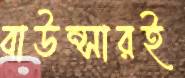
বাউন্সারই